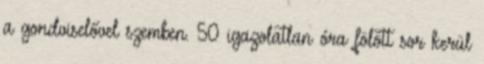
a gondviselővel szemben. 50 igazolatlan óra fölött sor kerül